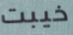
خيبت